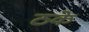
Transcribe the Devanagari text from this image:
ठके